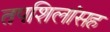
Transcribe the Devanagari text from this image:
तपशिलांसह